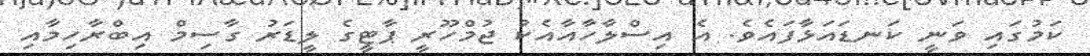
ކަމުގައި ވަނީ ކަނޑައަޅާފައެވެ. އެ އިސްލާހާއާއެކު ޖުމްހޫރީ ޕާޓީގެ ލީޑަރު ގާސިމް އިބްރާހިމާއި